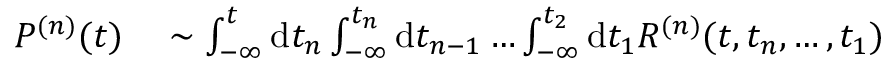
\begin{array} { r } { \begin{array} { r l } { P ^ { ( n ) } ( t ) } & { { } \sim \int _ { - \infty } ^ { t } \mathrm { d } t _ { n } \int _ { - \infty } ^ { t _ { n } } \mathrm { d } t _ { n - 1 } \dots \int _ { - \infty } ^ { t _ { 2 } } \mathrm { d } t _ { 1 } R ^ { ( n ) } ( t , t _ { n } , \dots , t _ { 1 } ) } \end{array} } \end{array}